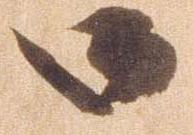
御